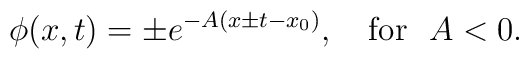
\phi(x,t)=\pm e^{-A(x\pm t-x_0)},\quad \hbox{for}\ \ A<0.